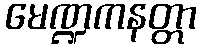
မေဏ္ဍကနတ္တာ